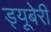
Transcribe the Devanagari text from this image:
ड्यूबेरी